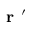
{ \textbf { r } } ^ { \prime }